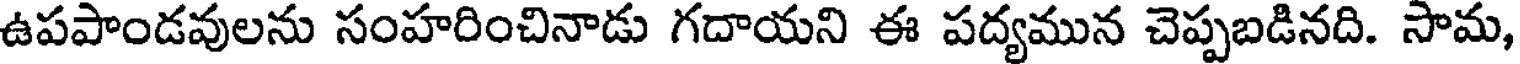
ఉపపాండవులను సంహరించినాడు గదాయని ఈ పద్యమున చెప్పబడినది. సామ,